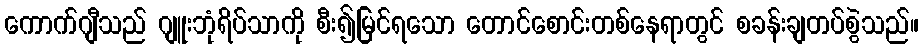
ကောက်ဂျီသည် ဂျူးဘုံရိပ်သာကို စီး၍မြင်ရသော တောင်စောင်းတစ်နေရာတွင် စခန်းချတပ်စွဲသည်။